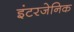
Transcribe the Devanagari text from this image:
इंटरजेनिक